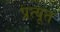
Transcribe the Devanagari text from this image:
प्रत्यूत